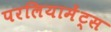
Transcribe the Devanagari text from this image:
परलियामेंट्स